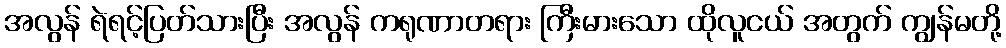
အလွန် ရဲရင့်ပြတ်သားပြီး အလွန် ကရုဏာတရား ကြီးမားသော ထိုလူငယ် အတွက် ကျွန်မတို့